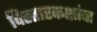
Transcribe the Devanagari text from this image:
विस्तारकक्षांचा